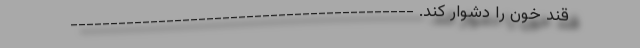
قند خون را دشوار کند. -------------------------------------------